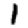
Digit: 1